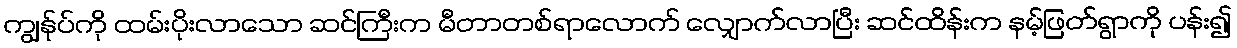
ကျွန်ုပ်ကို ထမ်းပိုးလာသော ဆင်ကြီးက မီတာတစ်ရာလောက် လျှောက်လာပြီး ဆင်ထိန်းက နမ့်ဖြတ်ရွာကို ပန်း၍